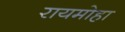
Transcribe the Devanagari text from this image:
रायमोहा